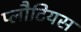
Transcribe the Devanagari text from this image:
प्लौटियस